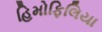
હિમોફિલિયા